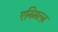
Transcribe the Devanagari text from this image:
एनिमल्ज़